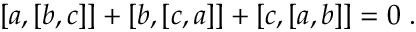
[ a , [ b , c ] ] + [ b , [ c , a ] ] + [ c , [ a , b ] ] = 0 \; .